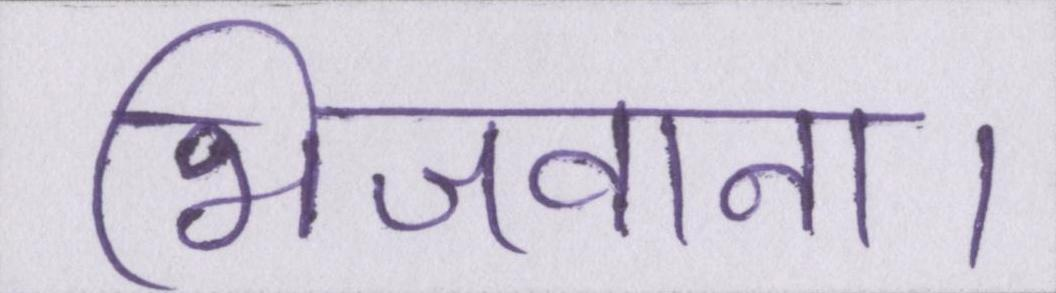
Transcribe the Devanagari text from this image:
भिजवाना।